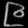
Digit: ၉